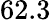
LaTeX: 62.3